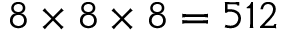
8 \times 8 \times 8 = 5 1 2